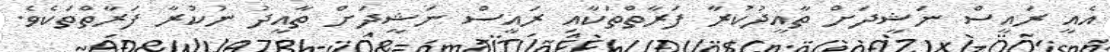
އެއީ ރައީސް ނަޝީދަށް ތާއީދުކުރާ ފަރާތްތަކާއި ރައީސް ނަޝީދަށް ތާއީދު ނުކުރާ ފަރާތްތަކެވެ.